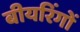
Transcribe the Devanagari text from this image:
बीयरिंगों